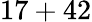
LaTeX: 17+42